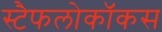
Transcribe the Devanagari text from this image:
स्टैफलोकॉकस